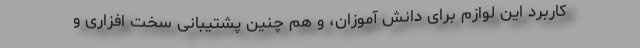
کاربرد این لوازم برای دانش آموزان، و هم چنین پشتیبانی سخت افزاری و